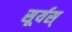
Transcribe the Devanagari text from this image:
सूर्यस्